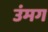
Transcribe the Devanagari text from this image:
उंमग